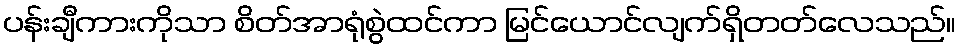
ပန်းချီကားကိုသာ စိတ်အာရုံစွဲထင်ကာ မြင်ယောင်လျက်ရှိတတ်လေသည်။